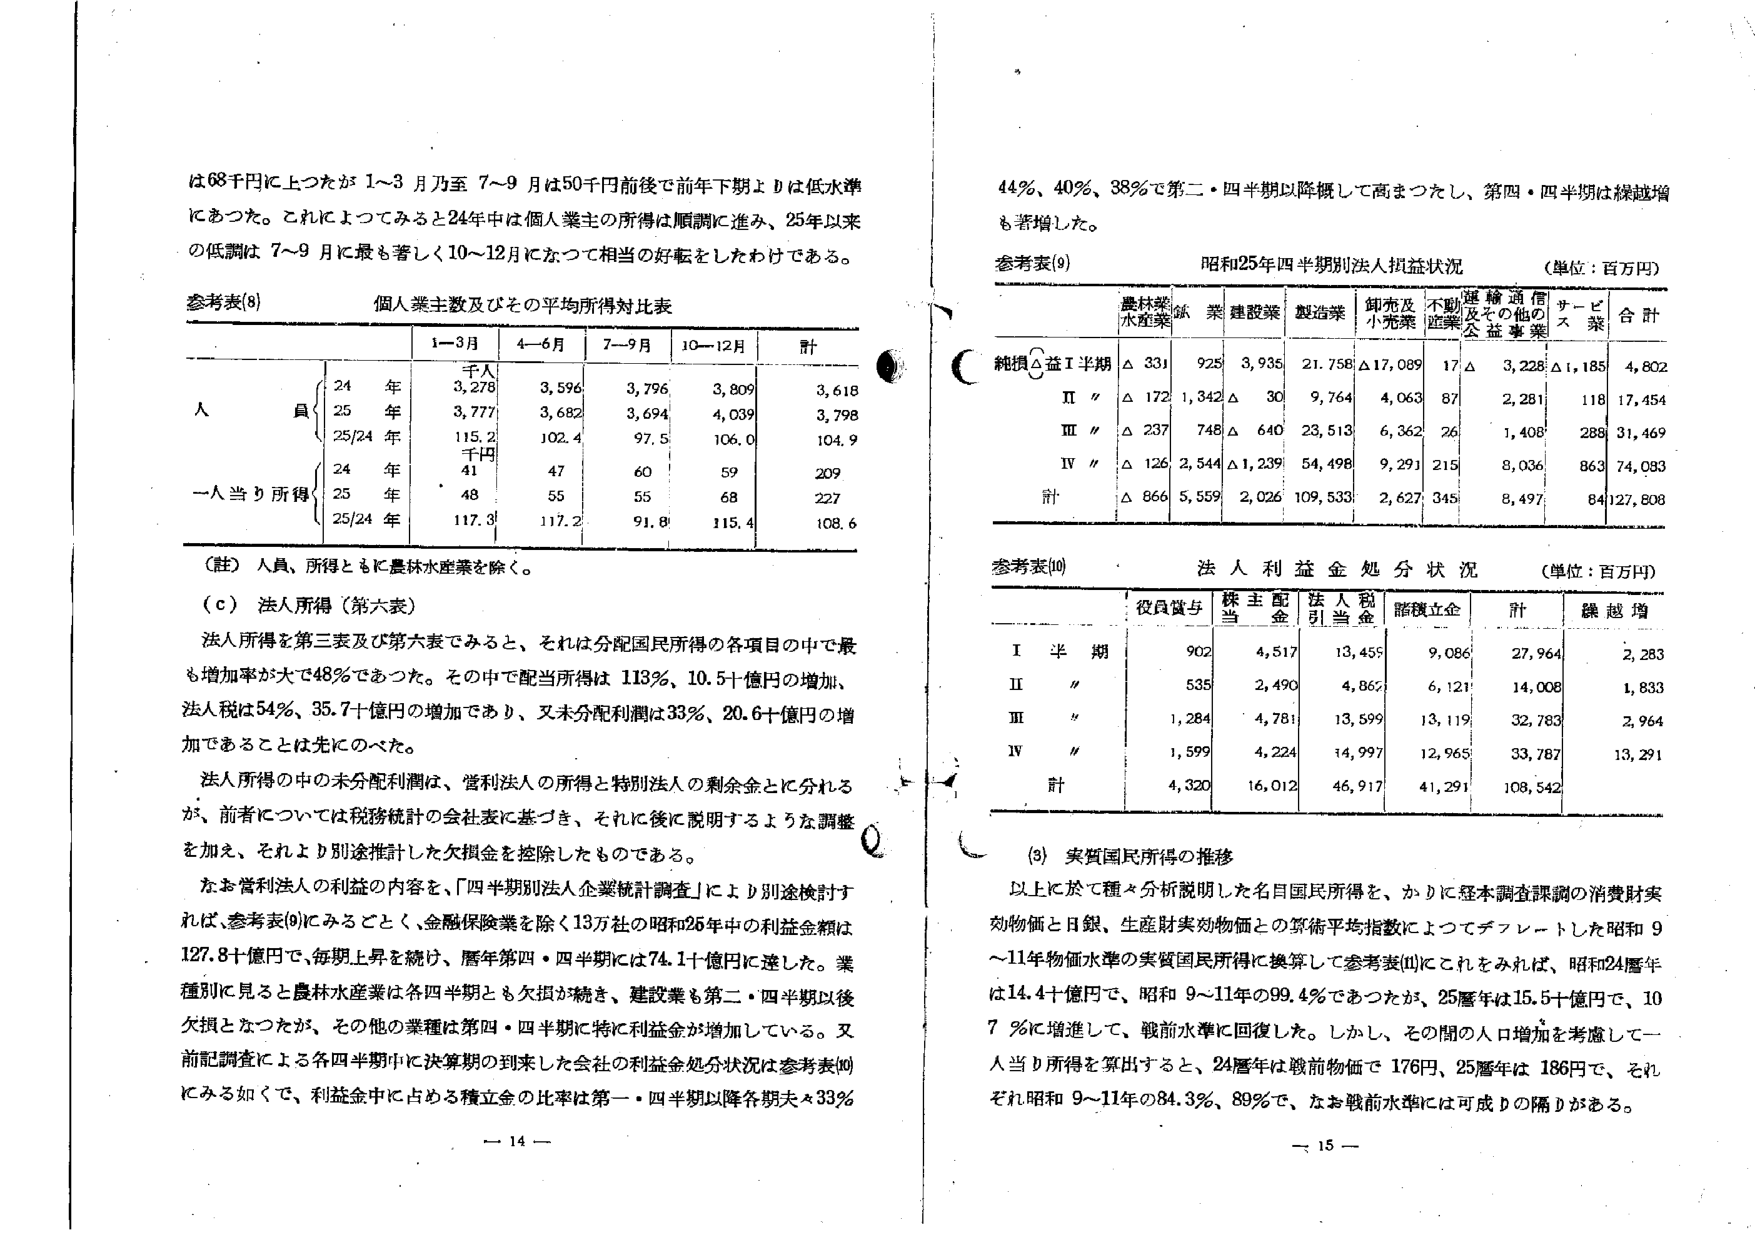
は68千円に上つたが 1～3月乃至7～9月は50千円前後で前年下期よりは低水準にあつた。これによつてみると24年中は個人業主の所得は順調に進み、25年以来の低調は7～9月に最も著しく10～12月になつて相当の好転をしたわけである。

参考表(8) 個人業主数及びその平均所得対比表

| | 1～3月 | 4～6月 | 7～9月 | 10～12月 | 計 |
|---|---|---|---|---|---|
| | 千人 | | | | |
| 人 員 | 24 年 | 3,278 | 3,596 | 3,796 | 3,809 | 3,618 |
| | 25 年 | 3,777 | 3,682 | 3,694 | 4,039 | 3,798 |
| | 25/24 年 | 115.2 | 102.4 | 97.5 | 106.0 | 104.9 |
| | 千円 | | | | | |
| 一人当り所得 | 24 年 | 41 | 47 | 60 | 59 | 209 |
| | 25 年 | 48 | 55 | 55 | 68 | 227 |
| | 25/24 年 | 117.3 | 117.2 | 91.8 | 115.4 | 108.6 |

（註）人員、所得ともに農林水産業を除く。

(c) 法人所得（第六表）

法人所得を第三表及び第六表でみると、それは分配国民所得の各項目の中で最も増加率が大で48％であつた。その中で配当所得は113％、10.5十億円の増加、法人税は54％、35.7十億円の増加であり、又未分配利潤は33％、20.6十億円の増加であることは先にのべた。

法人所得の中の未分配利潤は、営利法人の所得と特別法人の剰余金とに分れるが、前者については税務統計の会社表に基づき、それに後に説明するような調整を加え、それより別途推計した欠損金を控除したものである。

なお営利法人の利益の内容を、「四半期別法人企業統計調査」により別途検討すれば、参考表(9)にみるととく、金融保険業を除く13万社の昭和26年中の利益金額は127.8十億円で、毎期上昇を続け、暦年第四・四半期には74.1十億円に達した。業種別に見ると農林水産業は各四半期とも欠損が続き、建設業も第二・四半期以後欠損となつたが、その他の業種は第四・四半期に特に利益金が増加している。又前記調査による各四半期中に決算期の到来した会社の利益金処分状況は参考表(10)にみる如くで、利益金中に占める積立金の比率は第一・四半期以降各期夫々33％

44％、40％、38％で第二・四半期以降概して高まつたし、第四・四半期は繰越増も著増した。

参考表(9) 昭和25年四半期別法人損益状況 （単位：百万円）

| | 農林水産業 | 鉄業 | 建設業 | 製造業 | 卸売及小売業 | 不動産業 | 運輸通信及びその他の公益事業 | サービス業 | 合計 |
|---|---|---|---|---|---|---|---|---|---|
| 純損益Ⅰ半期 | △ 331 | 925 | 3,935 | 21,758 | △17,089 | 17 | △ 3,228 | △1,185 | 4,802 |
| Ⅱ〃 | △ 172 | 1,342 | △ 30 | 9,764 | 4,063 | 87 | 2,281 | 118 | 17,454 |
| Ⅲ〃 | △ 237 | 748 | △ 640 | 23,513 | 6,362 | 26 | 1,408 | 288 | 31,469 |
| Ⅳ〃 | △ 126 | 2,544 | △1,239 | 54,498 | 9,291 | 215 | 8,036 | 863 | 74,083 |
| 計 | △ 866 | 5,559 | 2,026 | 109,533 | 2,627 | 345 | 8,497 | 84 | 127,808 |

参考表(10) 法人利益金処分状況 （単位：百万円）

| | 役員賞与 | 株主配当金 | 法人税引当金 | 貯積立金 | 計 | 繰越増 |
|---|---|---|---|---|---|---|
| Ⅰ 半期 | 902 | 4,517 | 13,455 | 9,086 | 27,964 | 2,283 |
| Ⅱ〃 | 535 | 2,490 | 4,865 | 6,121 | 14,008 | 1,833 |
| Ⅲ〃 | 1,284 | 4,781 | 13,599 | 13,119 | 32,783 | 2,964 |
| Ⅳ〃 | 1,599 | 4,224 | 14,997 | 12,965 | 33,787 | 13,291 |
| 計 | 4,320 | 16,012 | 46,917 | 41,291 | 108,542 | |

(3) 実質国民所得の推移

以上に於て種々分析説明した名目国民所得を、かゝに経本調査課調の消費財実効物価と日銀、生産財実効物価との算術平均指数によつてデフレートした昭和9～11年物価水準の実質国民所得に換算して参考表(11)にこれをみれば、昭和24暦年は14.4十億円で、昭和9～11年の99.4％であつたが、25暦年は15.5十億円で、107％に増進して、戦前水準に回復した。しかし、その間の人口増加を考慮して一人当り所得を算出すると、24暦年は戦前物価で176円、25暦年は186円で、それぞれ昭和9～11年の84.3％、89％で、なお戦前水準には可成りの隔たりがある。

— 14 —
— 15 —